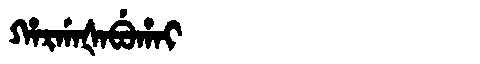
Manchu: ᡥᠠᡵᡤᠠᡧᠠᠪᡠᡥᠠᡳ
Romanization: HARGAŠABUHAI